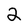
Character: 2